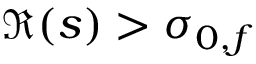
\Re ( s ) > \sigma _ { 0 , f }